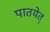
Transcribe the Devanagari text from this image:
पातयेत्